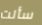
سألت